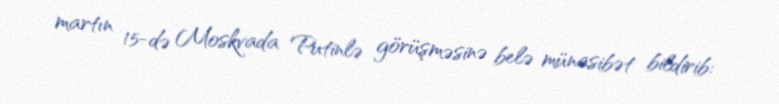
martın 15-də Moskvada Putinlə görüşməsinə belə münasibət bildirib: